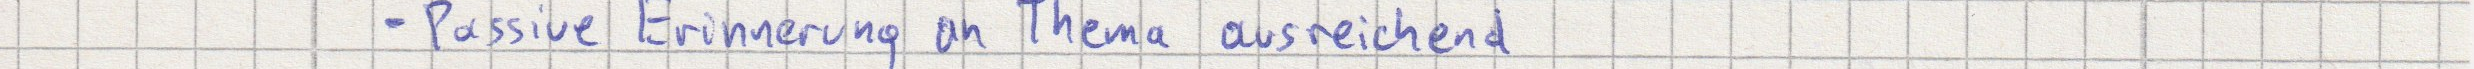
- Passive Erinnerung an Thema ausreichend